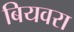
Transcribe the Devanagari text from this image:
बियवरा